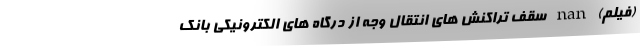
(فیلم) nan سقف تراکنش های انتقال وجه از درگاه های الکترونیکی بانک